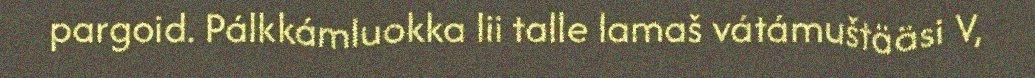
pargoid. Pálkkámluokka lii talle lamaš vátámuštääsi V,